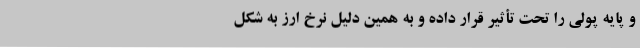
و پایه پولی را تحت تأثیر قرار داده و به همین دلیل نرخ ارز به شکل